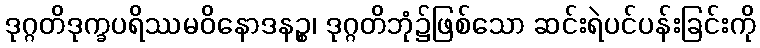
ဒုဂ္ဂတိဒုက္ခပရိဿမဝိနောဒနဉ္စ၊ ဒုဂ္ဂတိဘုံ၌ဖြစ်သော ဆင်းရဲပင်ပန်းခြင်းကို